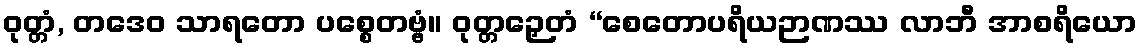
ဝုတ္တံ, တဒေဝ သာရတော ပစ္စေတဗ္ဗံ။ ဝုတ္တဉှေတံ “စေတောပရိယဉာဏဿ လာဘီ အာစရိယော